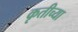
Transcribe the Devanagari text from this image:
कृतीच्या